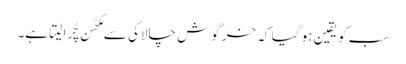
سب کو یقین ہو گیا کہ خرگوش چالاکی سے مکھّن چُرا لیتا ہے۔